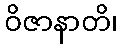
ဝိဇာနာတိ၊